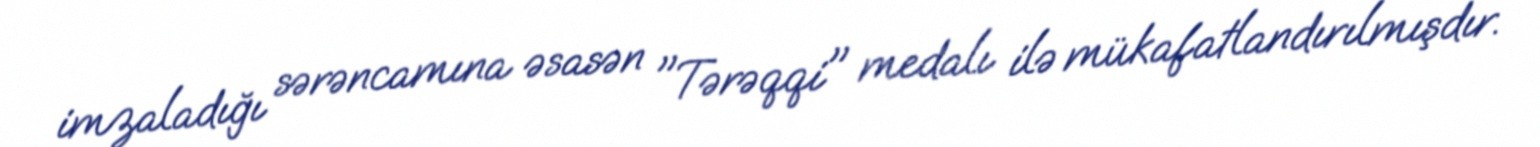
imzaladığı sərəncamına əsasən "Tərəqqi" medalı ilə mükafatlandırılmışdır.